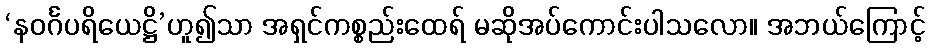
‘နဝင်္ဂပရိယေဋ္ဌိ’ဟူ၍သာ အရှင်ကစ္စည်းထေရ် မဆိုအပ်ကောင်းပါသလော။ အဘယ်ကြောင့်